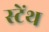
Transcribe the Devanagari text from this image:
स्‍टेंथ